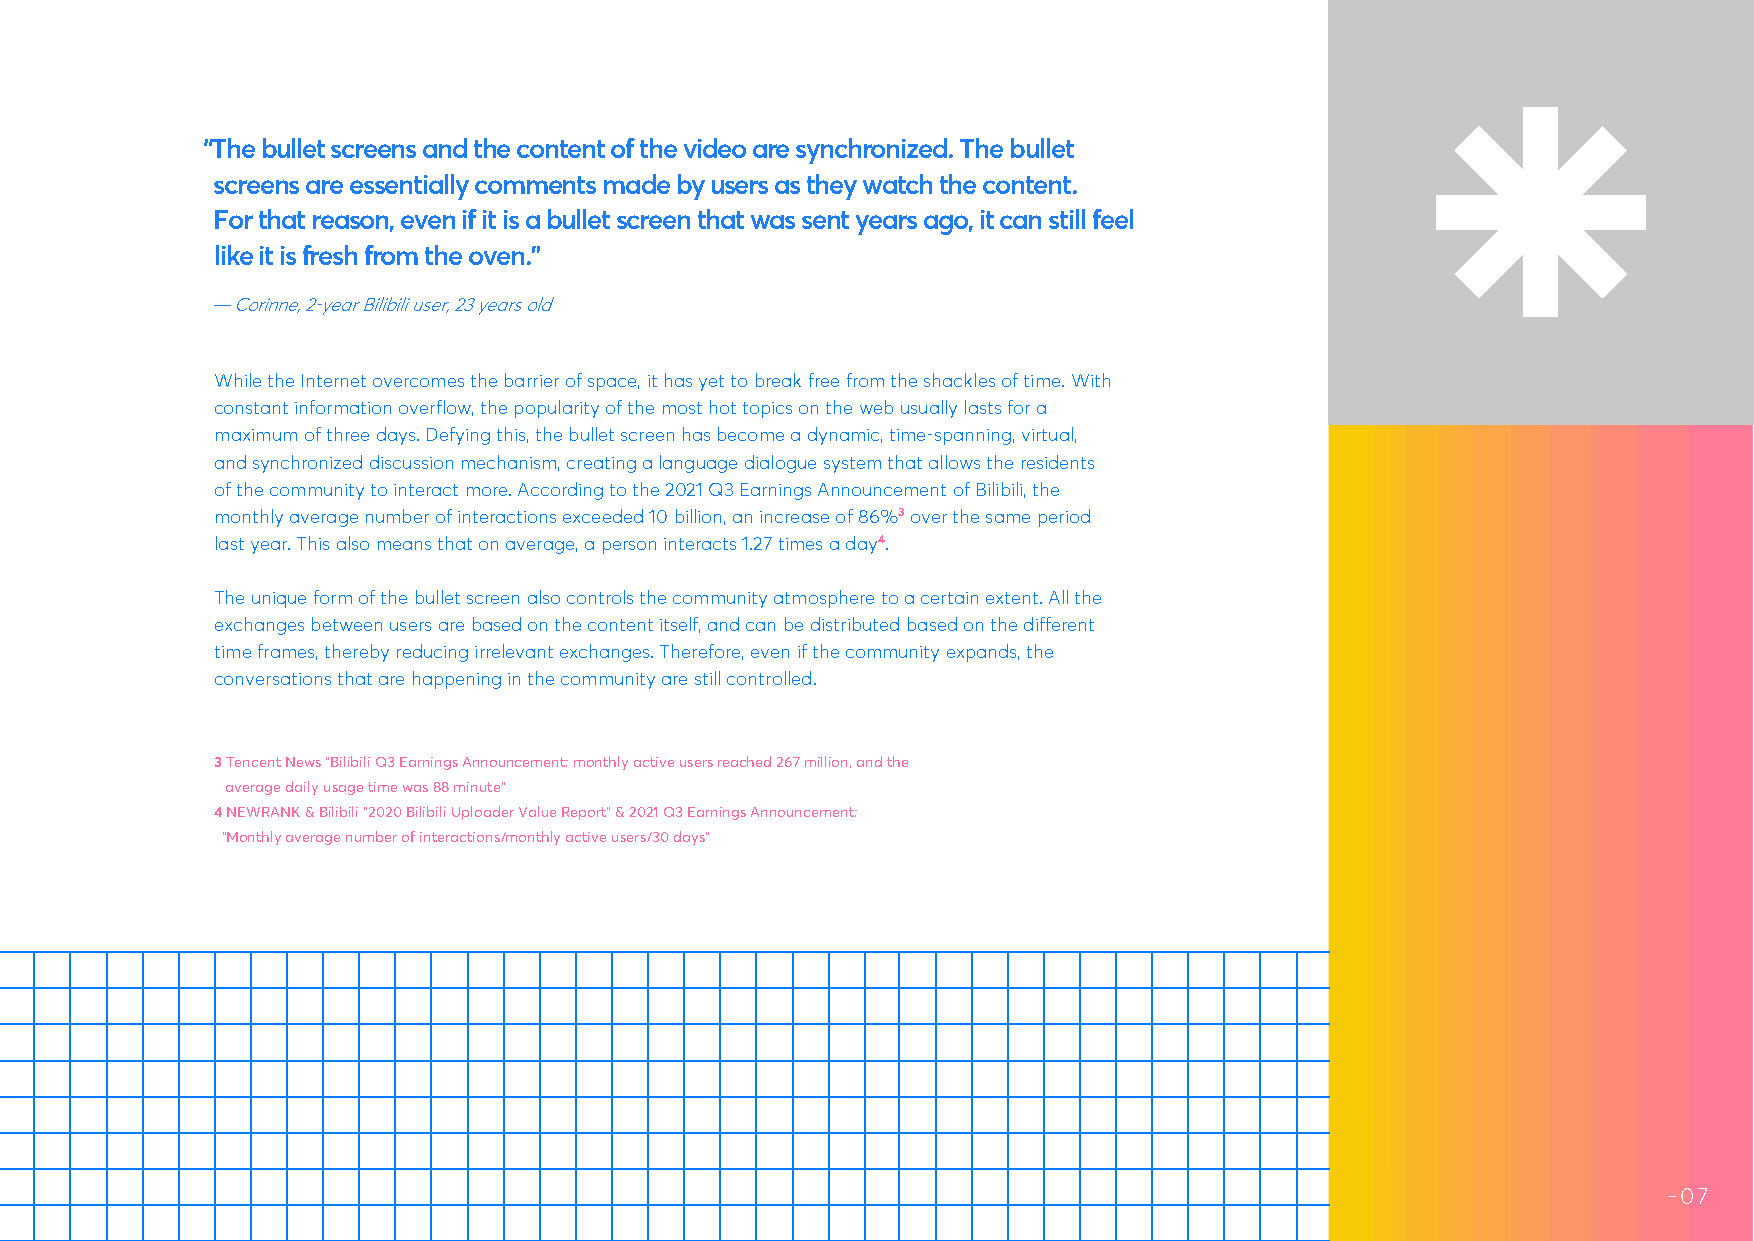
“The bullet screens and the content of the video are synchronized. The bullet
 screens are essentially comments made by users as they watch the content.
 For that reason, even if it is a bullet screen that was sent years ago, it can still feel
 like it is fresh from the oven.”
 — Corinne, 2-year Bilibili user, 23 years old
 E
 M
 I             While the Internet overcomes the barrier of space, it has yet to break free from the shackles of time. With
 T
 constant information overflow, the popularity of the most hot topics on the web usually lasts for a
 G
 maximum of three days. Defying this, the bullet screen has become a dynamic, time-spanning, virtual,
 N
 I             and synchronized discussion mechanism, creating a language dialogue system that allows the residents
 D
 of the community to interact more. According to the 2021 Q3 Earnings Announcement of Bilibili, the
 N
 monthly average number of interactions exceeded 10 billion, an increase of 86%3 over the same period
 E
 C             last year. This also means that on average, a person interacts 1.27 times a day4.
 S
 N
 The unique form of the bullet screen also controls the community atmosphere to a certain extent. All the
 A
 R             exchanges between users are based on the content itself, and can be distributed based on the different
 T             time frames, thereby reducing irrelevant exchanges. Therefore, even if the community expands, the
 M
 conversations that are happening in the community are still controlled.
 U
 R
 O
 F             3 Tencent News “Bilibili Q3 Earnings Announcement: monthly active users reached 267 million, and the
 C              average daily usage time was 88 minute”
 LI            4 NEWRANK & Bilibili “2020 Bilibili Uploader Value Report” & 2021 Q3 Earnings Announcement:
 B              “Monthly average number of interactions/monthly active users/30 days”
 U
 P
 A
 S
 N
 I
 E
 E
 C R
 S
 T
 E
 L
 L
 U
 B
 E
 H
 T
 D
 N
 I
 H
 E                                                                                                             --0067
 B
 P
 U
 N
 W
 O
 R
 G
 H
 T
 I
 W
 R
 O
 M
 U
 H
 E E NAGER’ F
 T S O
 A
 S
 ENSE